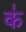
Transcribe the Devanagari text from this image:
क॑